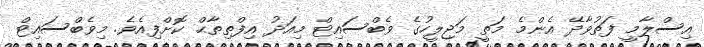
އިސްލާމީ ފަތުވާދޭ އެންމެ މަތީ މަޖިލީހުގެ ވެބްސައިޓް މިއަދު އިފްތިތާޙް ކޮށްފިއެވެ. މިވެބްސައިޓް